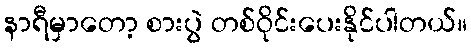
နာရီမှာတော့ စားပွဲ တစ်ဝိုင်းပေးနိုင်ပါတယ်။